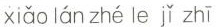
xiǎo lán zhé le jǐ zhī